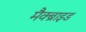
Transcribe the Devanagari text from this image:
मैक्ब्राइड